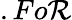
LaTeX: .Fo\mathcal{R}